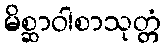
မိစ္ဆာဝါစာသုတ္တံ